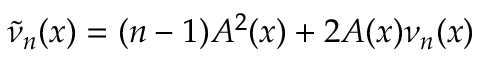
\tilde { \nu } _ { n } ( x ) = ( n - 1 ) A ^ { 2 } ( x ) + 2 A ( x ) \nu _ { n } ( x )